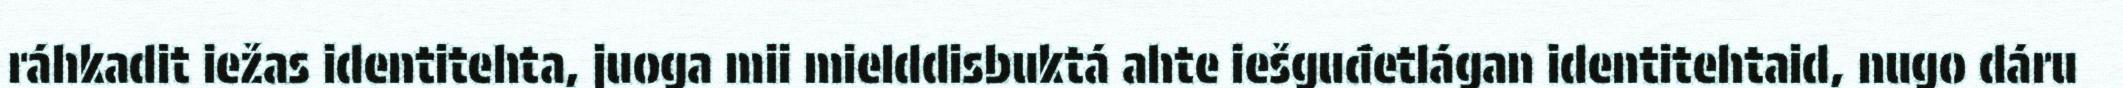
ráhkadit iežas identitehta, juoga mii mielddisbuktá ahte iešguđetlágan identitehtaid, nugo dáru